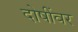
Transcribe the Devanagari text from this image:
दोषींवर